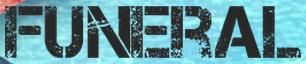
FUNERAL